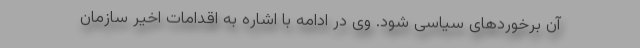
آن برخوردهای سیاسی شود. وی در ادامه با اشاره به اقدامات اخیر سازمان